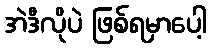
အဲဒီလိုပဲ ဖြစ်ရမှာပေါ့